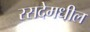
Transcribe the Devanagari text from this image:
रसदेमधील